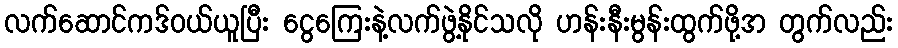
လက်ဆောင်ကဒ်ဝယ်ယူပြီး ငွေကြေးနဲ့လက်ဖွဲ့နိုင်သလို ဟန်းနီးမွန်းထွက်ဖို့အ တွက်လည်း